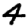
Digit: 4